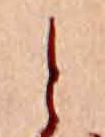
と